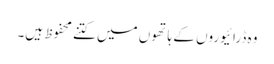
وہ ڈرائیوروں کے ہاتھوں میں کتنے محفوظ ہیں۔